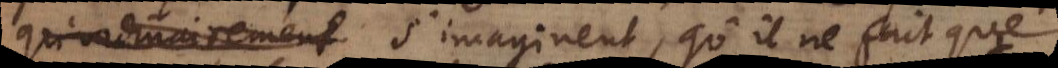
qu’ordinairement s’imaginent, qu’il ne fait que